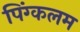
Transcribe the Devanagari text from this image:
पिंग्कलम